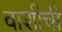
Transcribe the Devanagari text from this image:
वाशीची